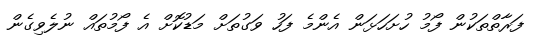
ފަރާތްތަކުން ފޯމު ހުށަހަޅަން އެންމެ ފަހު ވަގުތަށް މަޑުކޮށް އެ ފޯމުތައް ނުލެވިގެން